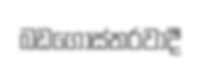
බඩගෝස්තරවාදී